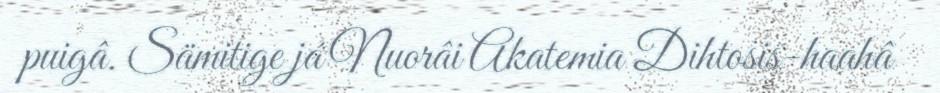
puigâ. Sämitige já Nuorâi Akatemia Dihtosis-haahâ